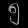
Digit: ၅